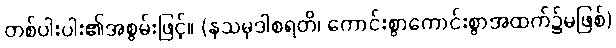
တစ်ပါးပါး၏အစွမ်းဖြင့်။ (နသမုဒါစရတိ၊ ကောင်းစွာကောင်းစွာအထက်၌မဖြစ်)